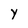
Character: y